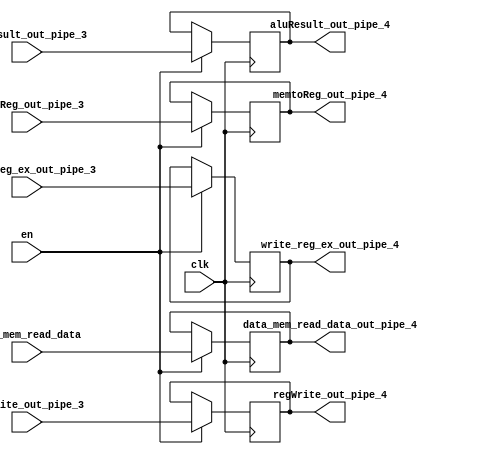
`timescale 1ns / 1ps
//////////////////////////////////////////////////////////////////////////////////
// Company: 
// Engineer: 
// 
// Design Name: 
// Module Name:    MEM_WB_Pipeline_reg 
// Project Name: 
// Target Devices: 
// Tool versions: 
// Description: 
//
// Dependencies: 
//
// Revision: 
// Revision 0.01 - File Created
// Additional Comments: 
//
//////////////////////////////////////////////////////////////////////////////////
module MEM_WB_Pipeline_reg(input clk, en, regWrite_out_pipe_3, memtoReg_out_pipe_3,
									input [2:0] write_reg_ex_out_pipe_3, 
									input [15:0] data_mem_read_data, aluResult_out_pipe_3,
									output reg regWrite_out_pipe_4, memtoReg_out_pipe_4,
									output reg [2:0] write_reg_ex_out_pipe_4, 
									output reg [15:0] data_mem_read_data_out_pipe_4, aluResult_out_pipe_4
    );
always@(negedge clk)
begin
	if(en)
	begin
	regWrite_out_pipe_4 <= regWrite_out_pipe_3;
	memtoReg_out_pipe_4 <= memtoReg_out_pipe_3;
	write_reg_ex_out_pipe_4 <= write_reg_ex_out_pipe_3;
	data_mem_read_data_out_pipe_4 <= data_mem_read_data;
	aluResult_out_pipe_4 <= aluResult_out_pipe_3;
	end
end
endmodule